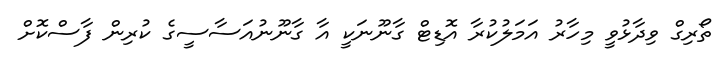
ތޯރިގް ވިދާޅުވީ މިހާރު އަމަލުކުރާ އޮޑިޓް ގާނޫނަކީ އާ ގާނޫނުއަސާސީގެ ކުރިން ފާސްކޮށް